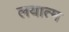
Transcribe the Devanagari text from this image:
लयात्म